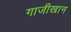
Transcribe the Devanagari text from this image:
गाजीखान